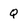
Character: Q